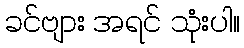
ခင်ဗျား အရင် သုံးပါ။